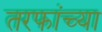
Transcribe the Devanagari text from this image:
तरफांच्या